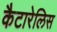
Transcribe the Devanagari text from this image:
कैटारेलिस